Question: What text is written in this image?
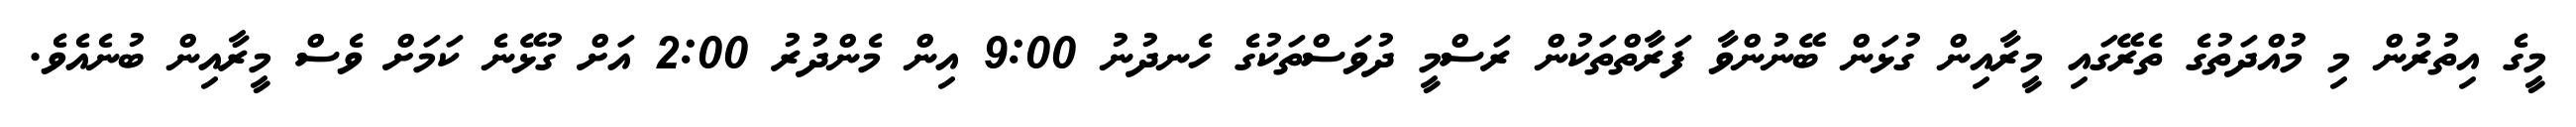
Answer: މީގެ އިތުރުން މި މުއްދަތުގެ ތެރޭގައި މީރާއިން ގުޅަން ބޭނުންވާ ފަރާތްތަކުން ރަސްމީ ދުވަސްތަކުގެ ހެނދުނު 9:00 އިން މެންދުރު 2:00 އަށް ގުޅޭނެ ކަމަށް ވެސް މީރާއިން ބުނެއެވެ.